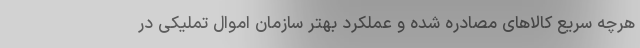
هرچه سریع کالاهای مصادره شده و عملکرد بهتر سازمان اموال تملیکی در